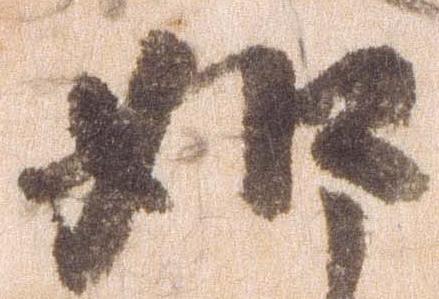
如